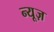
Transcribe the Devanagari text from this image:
न्‍यूज़